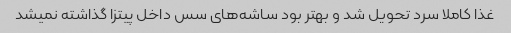
غذا کاملا سرد تحویل شد و بهتر بود ساشه‌های سس داخل پیتزا گذاشته نمیشد